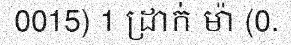
0015) 1 ដ្រាក់ ម៉ា (0.